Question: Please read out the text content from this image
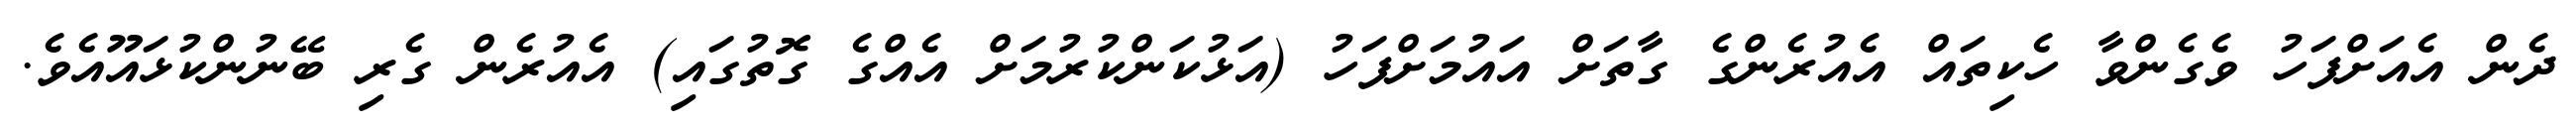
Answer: ދެން އެއަށްފަހު ވެގެންވާ ހެކިތައް އެއުރެންގެ ގާތަށް އައުމަށްފަހު (އަޅުކަންކުރުމަށް އެއްގެ ގޮތުގައި) އެއުރެން ގެރި ބޭނުންކުޅައޫއެވެ.